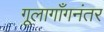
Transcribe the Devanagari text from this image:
गूलागाँगनंतर